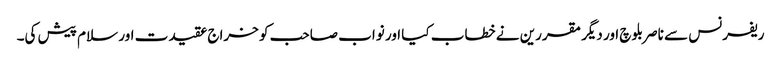
ریفرنس سے ناصر بلوچ اور دیگر مقررین نے خطاب کیا اور نواب صاحب کو خراج عقیدت اور سلام پیش کی۔